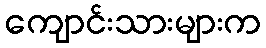
ကျောင်းသားများက